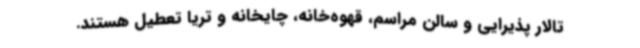
تالار پذیرایی و سالن مراسم، قهوه‌خانه، چایخانه و تریا تعطیل هستند.